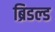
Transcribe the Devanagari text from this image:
ब्रिडल्ड